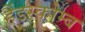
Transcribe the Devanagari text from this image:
हैंडस्कोम्ब